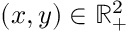
\textstyle ( x , y ) \in \mathbb { R } _ { + } ^ { 2 }